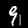
Label: 9